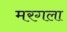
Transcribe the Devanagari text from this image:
मरगला